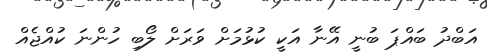
އަބްދު ބައްޕަ ބުނީ އޭނާ އަކީ ކުޅުމަށް ވަރަށް ލޯބި ހުންނަ ކުއްޖެއް